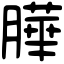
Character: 𦠜